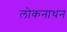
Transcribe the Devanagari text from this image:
लोकनाथन